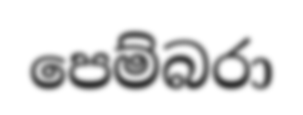
පෙම්බරා